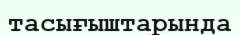
тасығыштарында